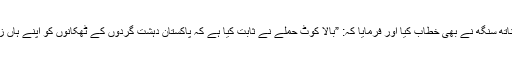
اس سیمینار سے وزیر دفاع راج ناتھ سنگھ نے بھی خطاب کیا اور فرمایا کہ: ”بالا کوٹ حملے نے ثابت کیا ہے کہ پاکستان دہشت گردوں کے ٹھکانوں کو اپنے ہاں زیادہ دیر تک باقی نہیں رکھ سکتا۔